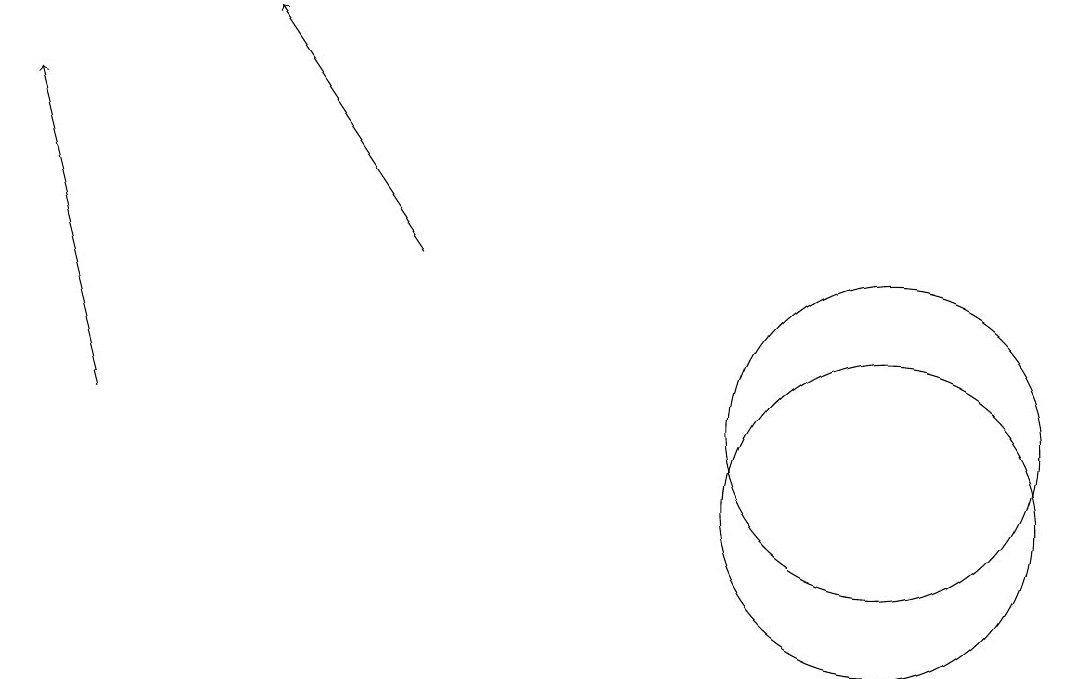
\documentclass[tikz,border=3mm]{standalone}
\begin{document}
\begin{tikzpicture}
\draw (11,10) circle (2);
\draw (11,11) circle (2);
\draw[->] (5,13) -- (3,16);
\draw[->] (1,11) -- (0,15);
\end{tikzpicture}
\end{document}